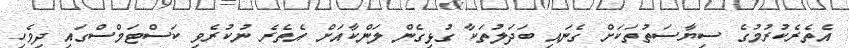
އެތެރެކުރުމުގެ ސިޔާސަތުތަކަށް ގެނައި ބަދަލުތަކާ ގުޅިގެން ލަންކާއަށް އެތެރެ ނުކުރެވި ކަސްޓަމްސްގައި ދިވެހި